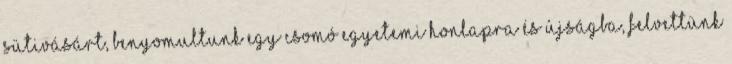
Sütivásárt, benyomultunk egy csomó egyetemi honlapra és újságba, felvettünk